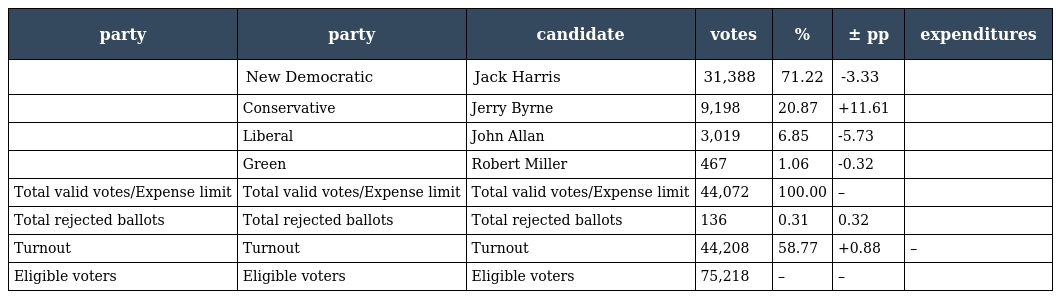
| party | party | candidate | votes | % | ± pp | expenditures |
 | --- | --- | --- | --- | --- | --- | --- |
 |  | New Democratic | Jack Harris | 31,388 | 71.22 | -3.33 |  |
 |  | Conservative | Jerry Byrne | 9,198 | 20.87 | +11.61 |  |
 |  | Liberal | John Allan | 3,019 | 6.85 | -5.73 |  |
 |  | Green | Robert Miller | 467 | 1.06 | -0.32 |  |
 | Total valid votes/Expense limit | Total valid votes/Expense limit | Total valid votes/Expense limit | 44,072 | 100.00 | – |  |
 | Total rejected ballots | Total rejected ballots | Total rejected ballots | 136 | 0.31 | 0.32 |  |
 | Turnout | Turnout | Turnout | 44,208 | 58.77 | +0.88 | – |
 | Eligible voters | Eligible voters | Eligible voters | 75,218 | – | – |  |